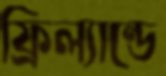
ফ্রিল্যান্ডে